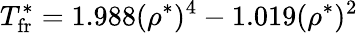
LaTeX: T_{\mathrm{fr}}^{*}=1.988(\rho^{*})^{4}-1.019(\rho^{*})^{2}